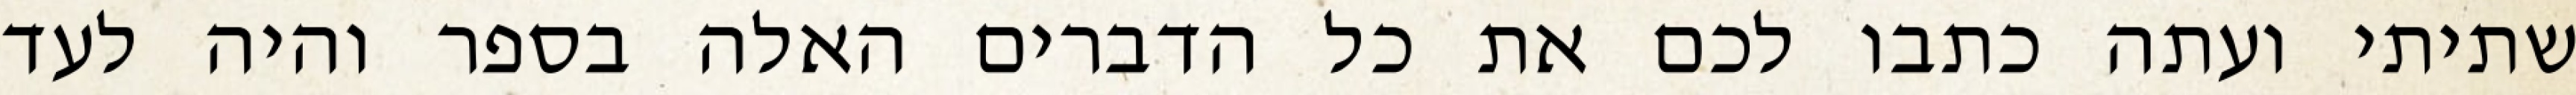
שתיתי ועתה כתבו לכם את כל הדברים האלה בספר והיה לעד